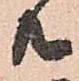
共